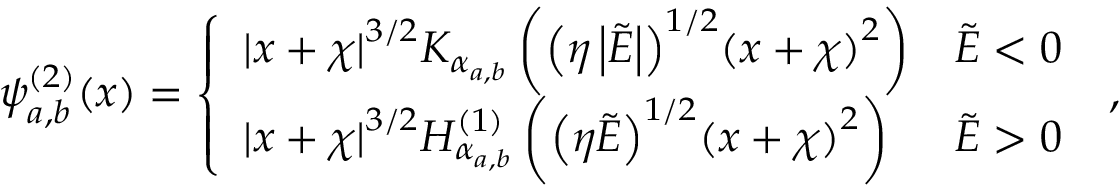
\psi _ { a , b } ^ { ( 2 ) } ( x ) = \left\{ \begin{array} { l l } { { | x + \chi | } ^ { 3 / 2 } K _ { \alpha _ { a , b } } \left( { \left( \eta \left| \tilde { E } \right| \right) } ^ { 1 / 2 } { ( x + \chi ) } ^ { 2 } \right) } & { \tilde { E } < 0 } \\ { { | x + \chi | } ^ { 3 / 2 } H _ { \alpha _ { a , b } } ^ { ( 1 ) } \left( { \left( \eta \tilde { E } \right) } ^ { 1 / 2 } { ( x + \chi ) } ^ { 2 } \right) } & { \tilde { E } > 0 } \end{array} \right. \; ,